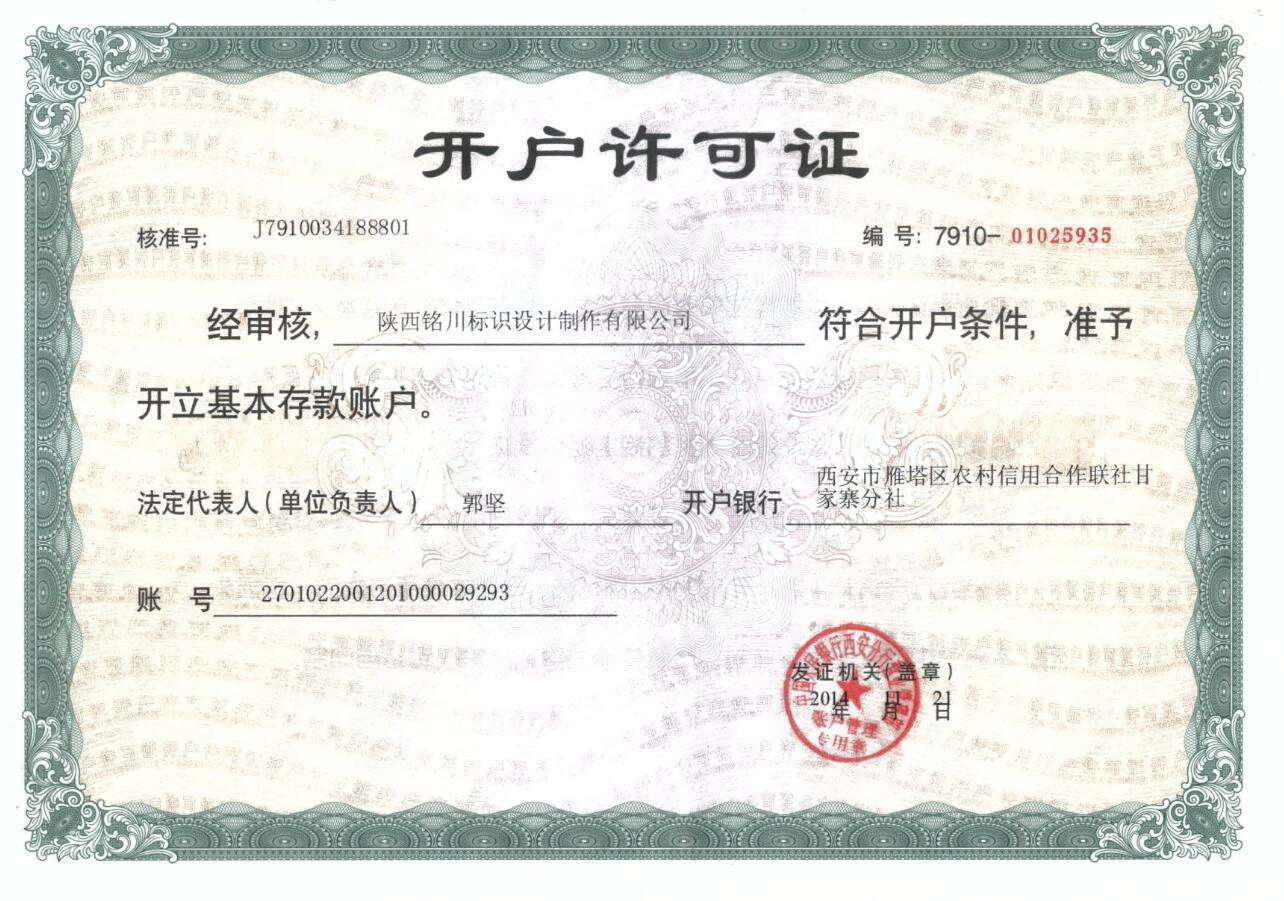
Language: zh